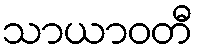
သာယာဝတီ